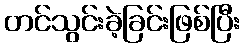
တင်သွင်းခဲ့ခြင်းဖြစ်ပြီး